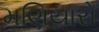
મણિયારો